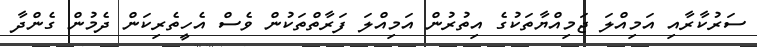
ސަރުކާރާއި އަމިއްލަ ޖަމިއްޔާތަކުގެ އިތުރުން އަމިއްލަ ފަރާތްތަކުން ވެސް އެހީތެރިކަން ދެމުން ގެންދާ